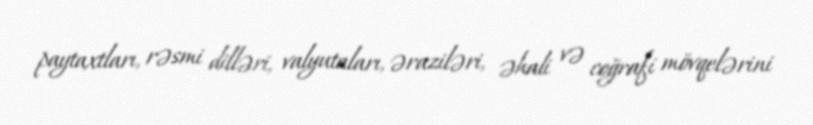
paytaxtları, rəsmi dilləri, valyutaları, əraziləri, əhali və coğrafi mövqelərini